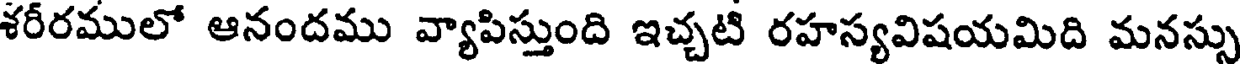
శరీరములో ఆనందము వ్యాపిస్తుంది ఇచ్చటి రహస్యవిషయమిది మనస్సు